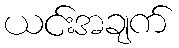
ယင်းအချက်